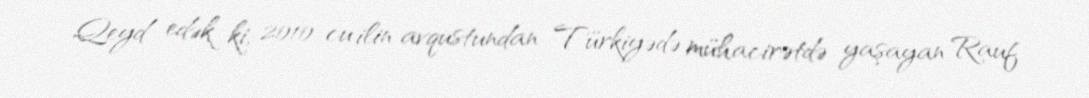
Qeyd edək ki, 2010-cu ilin avqustundan Türkiyədə mühacirətdə yaşayan Rauf